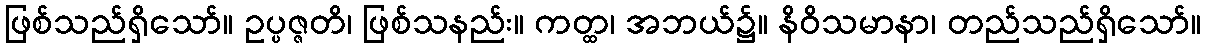
ဖြစ်သည်ရှိသော်။ ဥပ္ပဇ္ဇတိ၊ ဖြစ်သနည်း။ ကတ္ထ၊ အဘယ်၌။ နိဝိသမာနာ၊ တည်သည်ရှိသော်။